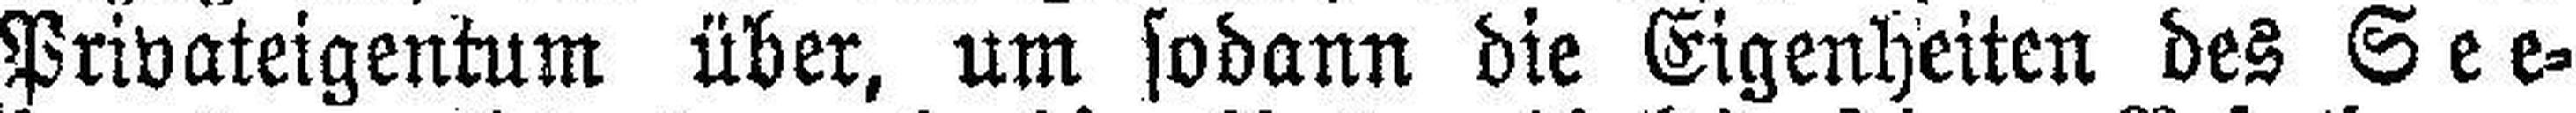
Privateigentum über, um sodann die Eigenheiten des See¬